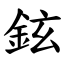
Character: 鉉